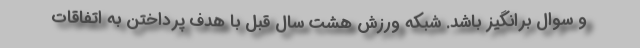
و سوال برانگیز باشد. شبکه ورزش هشت سال قبل با هدف پرداختن به اتفاقات